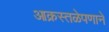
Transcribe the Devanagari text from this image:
आक्रस्तळेपणाने